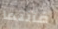
فأنتما